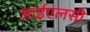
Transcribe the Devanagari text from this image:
आईएलसी